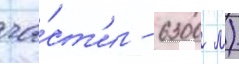
ча́ст'и - 6300 м)